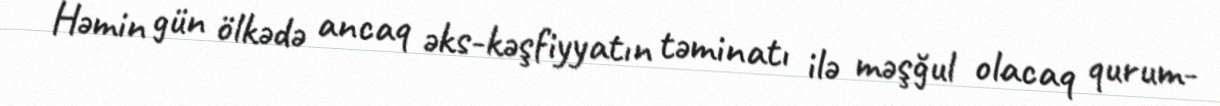
Həmin gün ölkədə ancaq əks-kəşfiyyatın təminatı ilə məşğul olacaq qurum-